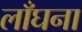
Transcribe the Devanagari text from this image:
लाँघना